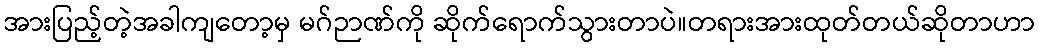
အားပြည့်တဲ့အခါကျတော့မှ မဂ်ဉာဏ်ကို ဆိုက်ရောက်သွားတာပဲ။တရားအားထုတ်တယ်ဆိုတာဟာ